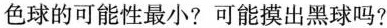
色球的可能性最小?可能摸出黑球吗?